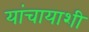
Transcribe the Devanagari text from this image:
यांचायाशी